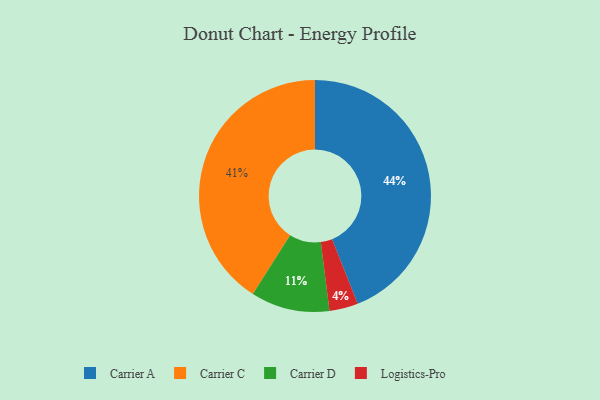
{"axis": {"x": "Category", "y": "Percentage"}, "legend": ["Carrier A", "Carrier C", "Carrier D", "Logistics-Pro"], "data": [{"x": "Carrier D", "y": 11, "type": "Carrier D"}, {"x": "Carrier A", "y": 44, "type": "Carrier A"}, {"x": "Logistics-Pro", "y": 4, "type": "Logistics-Pro"}, {"x": "Carrier C", "y": 41, "type": "Carrier C"}]}